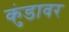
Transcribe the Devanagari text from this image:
कुंडावर